Lunatic asylums Punjab 1895-1910 - 1895-1910
Year: 1895
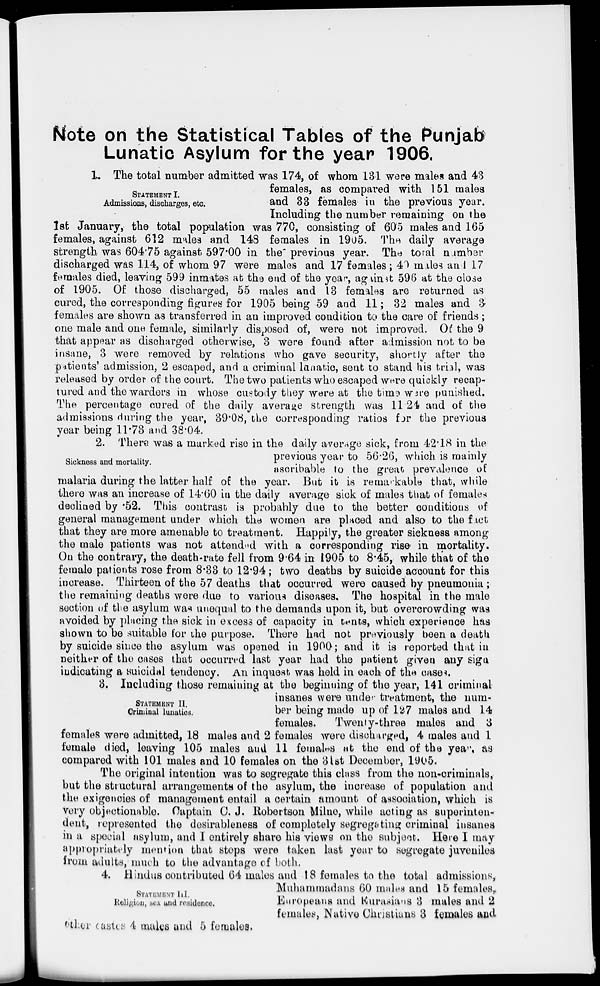
Note on the Statistical Tables of the Punjab
Lunatic Asylum for the year 1906.
STATEMENT I.
Admissions, discharges, etc.
1. The total number admitted was 174, of whom 131 were males and 43
females, as compared with 151 males
and 33 females in the previous year.
Including the number remaining on the
1st January, the total population was 770, consisting of 605 males and 165
females, against 612 males and 148 females in 1905. The daily average
strength was 604.75 against 597.00 in the previous year. The total number
discharged was 114, of whom 97 were males and 17 females; 40 miles and 17
females died, leaving 599 inmates at the end of the year, against 596 at the close
of 1905. Of those discharged, 55 males and 13 females are returned as
cured, the corresponding figures for 1905 being 59 and 11 ; 32 males and 3
females are shown as transferred in an improved condition to the care of friends;
one male and one female, similarly disposed of, were not improved. Of the 9
that appear as discharged otherwise, 3 were found after admission not to be
insane, 3 were removed by relations who gave security, shortly after the
patients' admission, 2 escaped, and a criminal lunatic, sent to stand his trial, was
released by order of the court. The two patients who escaped were quickly recap-
tured and the warders in whose custody they were at the time were punished.
The percentage cured of the daily average strength was 11.24 and of the
admissions during the year, 39.08, the corresponding ratios for the previous
year being 11.73 and 38.04.
Sickness and mortality.
2. There was a marked rise in the daily average sick, from 42.18 in the
previous year to 56.26, which is mainly
ascribable to the great prevalence of
malaria during the latter half of the year. But it is remarkable that, while
there was an increase of 14.60 in the daily average sick of males that of females
declined by .52. This contrast is probably due to the better conditions of
general management under which the women are placed and also to the fact
that they are more amenable to treatment. Happily, the greater sickness among
the male patients was not attended with a corresponding rise in mortality.
On the contrary, the death-rate fell from 9.64 in 1905 to 8.45, while that of the
female patients rose from 8.33 to 12.94; two deaths by suicide account for this
increase. Thirteen of the 57 deaths that occurred were caused by pneumonia;
the remaining deaths were due to various diseases. The hospital in the male
section of the asylum was unequal to the demands upon it, but overcrowding was
avoided by placing the sick in excess of capacity in tents, which experience has
shown to be suitable for the purpose. There had not previously been a death
by suicide since the asylum was opened in 1900 ; and it is reported that in
neither of the cases that occurred last year had the patient given any sign
indicating a suicidal tendency. An inquest was held in each of the cases.
STATEMENT II.
Criminal lunatics.
3. Including those remaining at the beginning of the year, 141 criminal
insanes were under treatment, the num-
ber being made up of 127 males and 14
females. Twenty-three males and 3
females were admitted, 18 males and 2 females were discharged, 4 males and 1
female died, leaving 105 males and 11 females at the end of the year. as
compared with 101 males and 10 females on the 31st December, 1905.
The original intention was to segregate this class from the non-criminals,
but the structural arrangements of the asylum, the increase of population and
the exigencies of management entail a certain amount of association, which is
very objectionable. Captain C. J. Robertson Milne, while acting as superinten-
dent, represented the desirableness of completely segregating criminal insanes
in a special asylum, and I entirely share his views on the subject. Here I may
appropriately mention that steps were taken last year to segregate juveniles
from adults, much to the advantage of both.
STATEMENT III.
Religion, sex and residence.
4. Hindus contributed 64 males and 18 females to the total admissions,
Muhammadans 60 males and 15 females,
Europeans and Eurasians 3 males and 2
females, Native Christians 3 females and
other castes 4 males and 5 females.